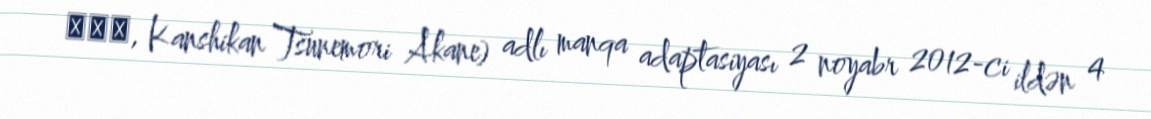
常守朱, Kanshikan Tsunemori Akane) adlı manqa adaptasiyası 2 noyabr 2012-ci ildən 4